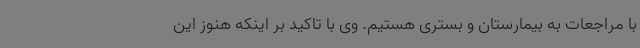
با مراجعات به بیمارستان و بستری هستیم. وی با تاکید بر اینکه هنوز این